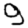
Digit: 9